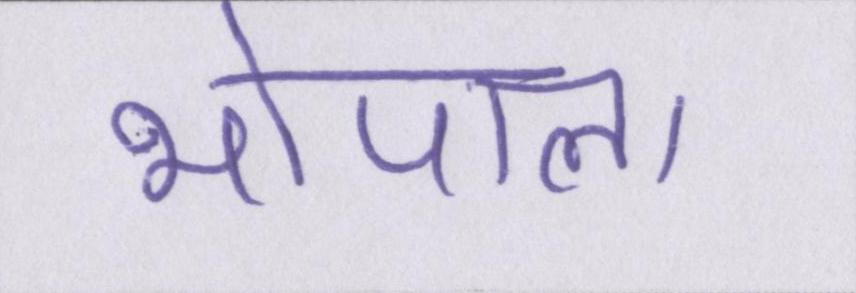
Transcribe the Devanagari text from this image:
भोपाल।